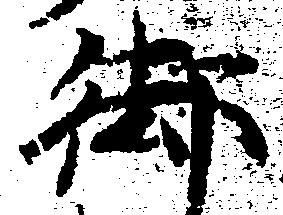
御